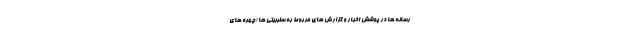
رسانه ها در پوشش اخبار و گزارش های مربوط به سلبریتی ها (چهره های